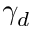
\gamma _ { d }